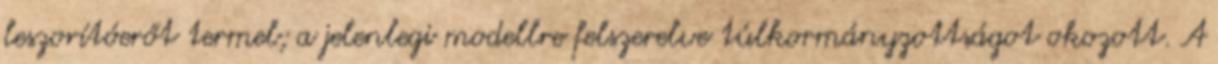
leszorítóerőt termel; a jelenlegi modellre felszerelve túlkormányzottságot okozott. A